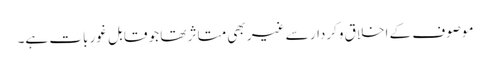
موصوف کے اخلاق وکردار سے غیر بھی متاثر تھا جو قابل غور بات ہے۔